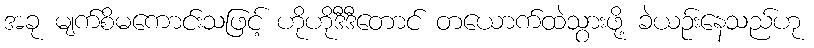
အခု မျက်စိမကောင်းသဖြင့် ဟိုဟိုဒီဒီတောင် တယောက်ထဲသွားဖို့ ခဲယဉ်းနေသည်ဟု